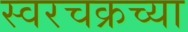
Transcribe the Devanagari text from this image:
स्वरचक्रच्या